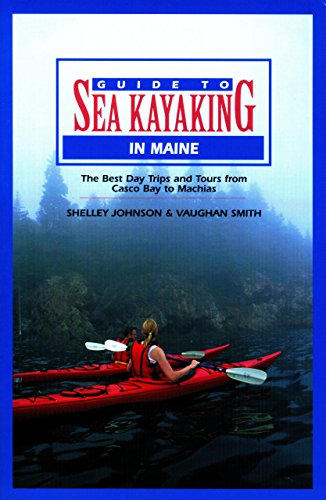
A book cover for Guide to Sea Kayaking in Maine (Regional Sea Kayaking Series); Shelley Johnson; Sports & Outdoors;